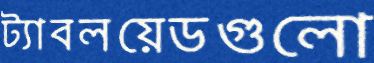
ট্যাবলয়েডগুলো